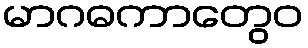
မာဂဓကာတွေဝ